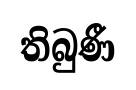
තිබුණී